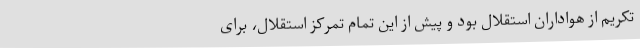
تکریم از هواداران استقلال بود و پیش از این تمام تمرکز استقلال، برای